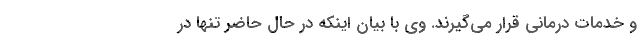
و خدمات درمانی قرار می‌گیرند. وی با بیان اینکه در حال حاضر تنها در